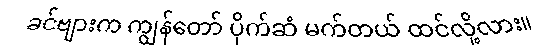
ခင်ဗျားက ကျွန်တော် ပိုက်ဆံ မက်တယ် ထင်လို့လား။